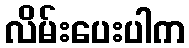
လိမ်းပေးပါက